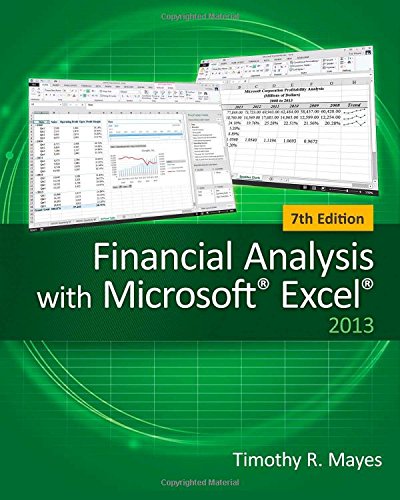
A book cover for Financial Analysis with Microsoft Excel; Timothy R. Mayes; Business & Money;